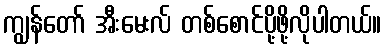
ကျွန်တော် အီးမေးလ် တစ်စောင်ပို့ဖို့လိုပါတယ်။